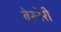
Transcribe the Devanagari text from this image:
बेरनेरी